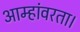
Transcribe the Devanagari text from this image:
आम्हांवरता।